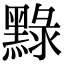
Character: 𪑔